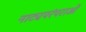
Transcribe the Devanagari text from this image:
नाट्यपरंपराओं